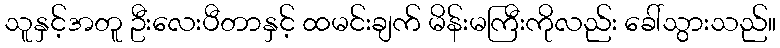
သူနှင့်အတူ ဦးလေးပီတာနှင့် ထမင်းချက် မိန်းမကြီးကိုလည်း ခေါ်သွားသည်။